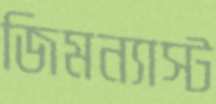
জিমন্যাস্ট